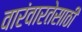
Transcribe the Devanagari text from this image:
वारंवारतेसाठी